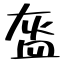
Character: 盔